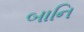
બાનિ